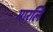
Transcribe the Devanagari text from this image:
मारलि